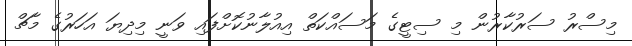
މިސްރު ސަރުކާރުން މި ސިޓީގެ މަސައްކަތް އިއުލާނުކޮށްފައި ވަނީ މިދިޔަ އަހަރުގެ މާޗް